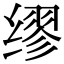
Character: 缪